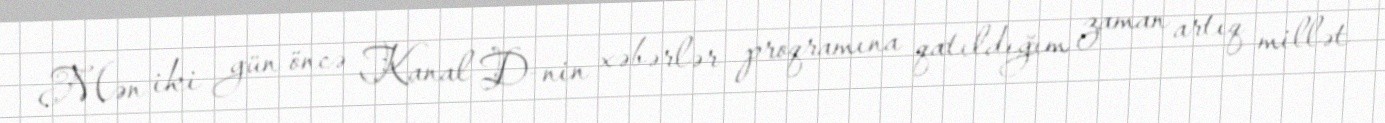
Mən iki gün öncə Kanal D-nin xəbərlər proqramına qatıldığım zaman artıq millət